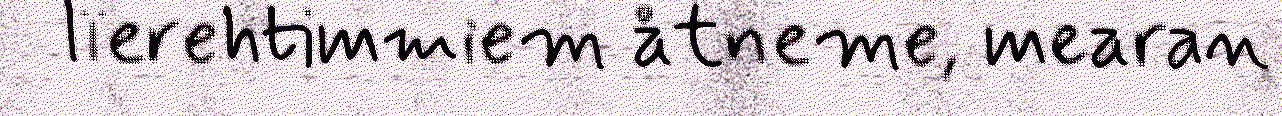
lïerehtimmiem åtneme, mearan